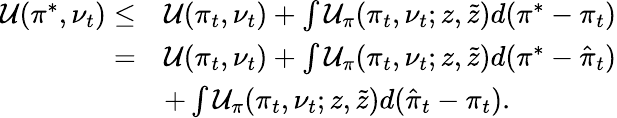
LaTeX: \begin{array}{rl}{\mathcal{U}(\pi^{*},\nu_{t})\leq}&{\mathcal{U}(\pi_{t},\nu_{t})+\int\mathcal{U}_{\pi}(\pi_{t},\nu_{t};z,\tilde{z})d(\pi^{*}-\pi_{t})}\\ {=}&{\mathcal{U}(\pi_{t},\nu_{t})+\int\mathcal{U}_{\pi}(\pi_{t},\nu_{t};z,\tilde{z})d(\pi^{*}-\hat{\pi}_{t})}\\ &{+\int\mathcal{U}_{\pi}(\pi_{t},\nu_{t};z,\tilde{z})d(\hat{\pi}_{t}-\pi_{t}).}\end{array}